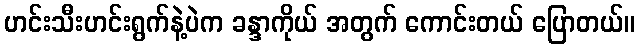
ဟင်းသီးဟင်းရွက်နဲ့ပဲက ခန္ဒာကိုယ် အတွက် ကောင်းတယ် ပြောတယ်။